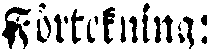
Förtckning: